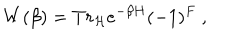
W ( \beta ) = T r _ { \cal H } e ^ { - \beta H } ( - 1 ) ^ { F } \ ,